Vaccination in Bombay 1863-1868 - 1863-1868
Year: 1863
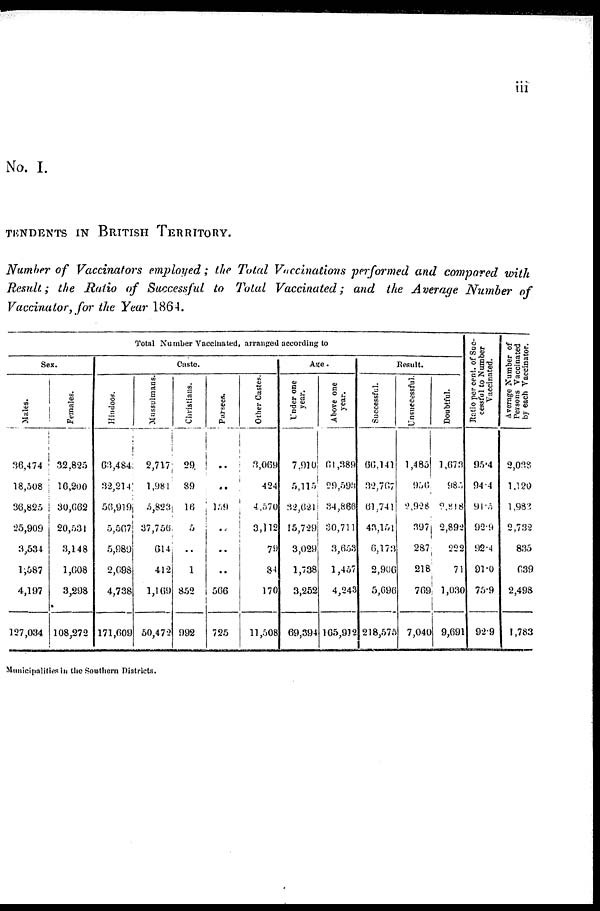
iii
No. I.
TENDENTS IN BRITISH TERRITORY.
Number of Vaccinators employed ; the Total Vaccinations performed and compared with
Result ; the Ratio of Successful to Total Vaccinated ; and the Average Number of
Vaccinator, for the Year 1864.
Total Number Vaccinated, arranged according to
Sex.
Males.
36,474
18,508
36,825
25,909
3,534
1,587
4,197
127,034
Females.
32,825
16,200
30,662
20,531
3,148
1,608
3,298
108,272
Caste.
Hindoos.
63,484
32,214
56,919
5,567
5,989
2,698
4,738
171,609
Mussulmans.
2,717
1,981
5,823
37,756
614
412
1,169
50,472
Christians.
29
89
16
5
..
1
852
992
Parsees.
..
..
159
..
..
..
566
725
Other Castes.
3,069
424
4,570
3,112
79
84
170
11,508
Age.
Under one
year.
7,910
5,115
32,621
15,729
3,029
1,738
3,252
69,394
Above one
year.
61,389
29,593
34,866
30,711
3,653
1,457
4,243
165,912
Result.
Successful.
66,141
32,767
61,741
43,151
6,173
2,906
5,696
218,575
Unsuccessful.
1,485
956
2,928
397
287
218
769
7,040
Doubtful.
1,673
985
2,818
2,892
222
71
1,030
9,691
Ratio per cent. of Suc-
cessful to Number
Vaccinated.
95.4
94.4
91.5
92.9
92.4
91.0
75.9
92.9
Average Number of
Persons Vaccinated
by each Vaccinator.
2,038
1.120
1,983
2,732
835
639
2,498
1,783
Municipalities in the Southern Districts.